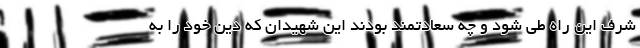
شرف این راه طی شود و چه سعادتمند بودند این شهیدان که دیْن خود را به